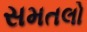
સમતલો